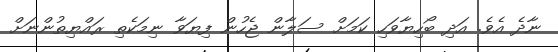
ނާދެ އެވެ. އަދި ބޯހިޔާވަހި ކަމަށް ސަލާން ޖެހުން ފިޔަވާ ނިމަކެތި ރައްޔިތުންނަށް